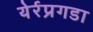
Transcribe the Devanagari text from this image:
येर्रप्रगडा